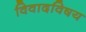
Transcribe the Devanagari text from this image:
विवादविषय